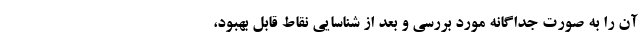
آن را به صورت جداگانه مورد بررسی و بعد از شناسایی نقاط قابل بهبود،